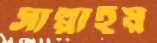
সাপ্লাইয়